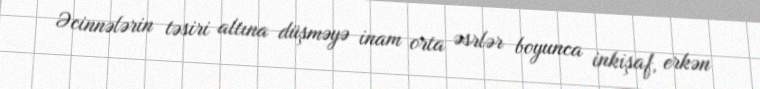
Əcinnələrin təsiri altına düşməyə inam orta əsrlər boyunca inkişaf, erkən